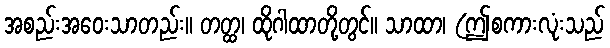
အစည်းအဝေးသာတည်း။ တတ္ထ၊ ထိုဂါထာတို့တွင်။ သာထာ၊ (ဤစကားလုံးသည်